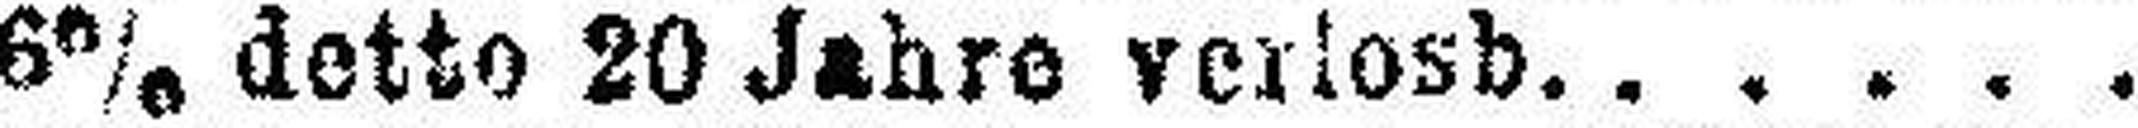
6% detto 20 Jahre verlosb.